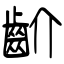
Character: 齘